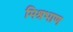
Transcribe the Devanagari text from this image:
मिश्रभाण